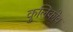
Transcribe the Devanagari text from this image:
कुलिकोव